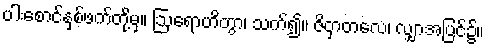
ပါးစောင်နှစ်ဖက်တို့မှ။ ဩရောဟိတွာ၊ သက်၍။ ဇိဝှာတလေ၊ လျှာအပြင်၌။